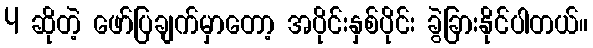
4 ဆိုတဲ့ ဖော်ပြချက်မှာတော့ အပိုင်းနှစ်ပိုင်း ခွဲခြားနိုင်ပါတယ်။